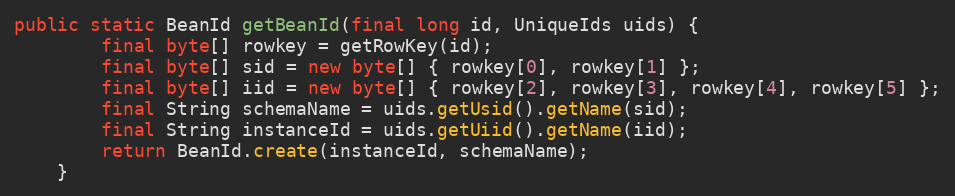
Language: Java
public static BeanId getBeanId(final long id, UniqueIds uids) {
        final byte[] rowkey = getRowKey(id);
        final byte[] sid = new byte[] { rowkey[0], rowkey[1] };
        final byte[] iid = new byte[] { rowkey[2], rowkey[3], rowkey[4], rowkey[5] };
        final String schemaName = uids.getUsid().getName(sid);
        final String instanceId = uids.getUiid().getName(iid);
        return BeanId.create(instanceId, schemaName);
    }